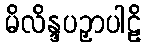
မိလိန္ဒပဥှာပါဠိ